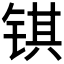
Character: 𫓹